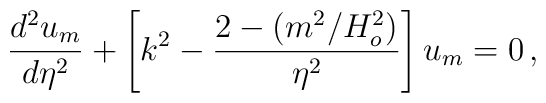
{d^2 u_m \over d\eta^2} + \left[ k^2 - {2-(m^2/H_o^2) \over \eta^2} \right] u_m = 0 \,,